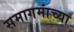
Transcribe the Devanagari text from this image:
समागमांच्या